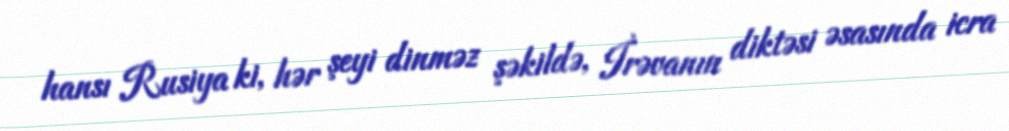
hansı Rusiya ki, hər şeyi dinməz şəkildə, İrəvanın diktəsi əsasında icra